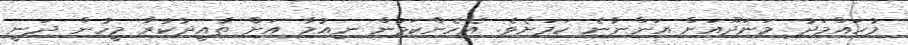
މުހައްމަދު މަނަދޫއަށް އަންނާނެ ކަމަށެވެ. އެހެންކަމުން ނިއުމާ އަށް ތާއީދުކުރާ މީހުން ދަނީ